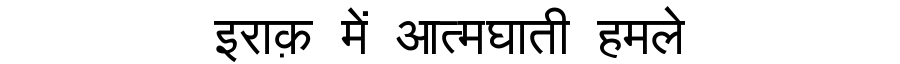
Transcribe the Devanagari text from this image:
इराक़ में आत्मघाती हमले